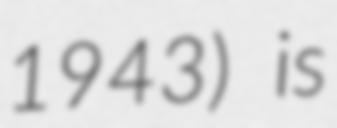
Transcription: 1943) is